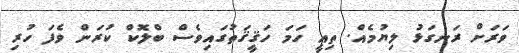
ވަރަށް ރަނގަޅު ލިޔުމެއް. ތިއީ ހަމަ ހަޤީޤަތުގައިވެސް ބްލޮކް ކުރަން ވެފަ ހުރި